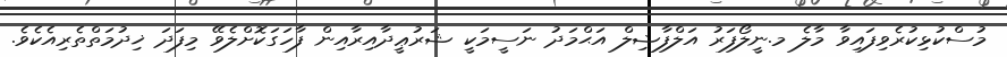
މުސްކުޅިކުރެވިފައިވާ މާލެ މ.ނީލޯފަރު އަލްފާޟިލް އަޙްމަދު ނަސީމަކީ ޝަރުޢީދާއިރާއިން ފާހަގަކޮށްލެވޭ މިފަދަ ޚިދުމަތްތެރިއެކެވެ.